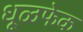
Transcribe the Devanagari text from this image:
धूळफेक